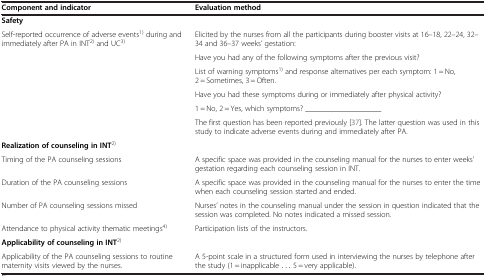
| Component and indicator | Evaluation method |
 | --- | --- |
 | Safety |  |
 | <ROWSPAN=6> Self-reported occurrence of adverse events1) during and immediately after PA in INT2) and UC3) | Elicited by the nurses from all the participants during booster visits at 16–18, 22–24, 32–34 and 36–37 weeks’ gestation: |
 | Have you had any of the following symptoms after the previous visit? |
 | List of warning symptoms1) and response alternatives per each symptom: 1 = No, 2 = Sometimes, 3 = Often. |
 | Have you had these symptoms during or immediately after physical activity? |
 | 1 = No, 2 = Yes, which symptoms? ___________________ |
 | The first question has been reported previously[37]. The latter question was used in this study to indicate adverse events during and immediately after PA. |
 | Realization of counseling in INT2) |  |
 | Timing of the PA counseling sessions | A specific space was provided in the counseling manual for the nurses to enter weeks’ gestation regarding each counseling session in INT. |
 | Duration of the PA counseling sessions | A specific space was provided in the counseling manual for the nurses to enter the time when each counseling session started and ended. |
 | Number of PA counseling sessions missed | Nurses’ notes in the counseling manual under the session in question indicated that the session was completed. No notes indicated a missed session. |
 | Attendance to physical activity thematic meetings4) | Participation lists of the instructors. |
 | Applicability of counseling in INT2) |  |
 | Applicability of the PA counseling sessions to routine maternity visits viewed by the nurses. | A 5-point scale in a structured form used in interviewing the nurses by telephone after the study (1 = inapplicable ... 5 = very applicable). |